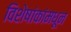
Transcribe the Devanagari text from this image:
विशेषांकांमधून